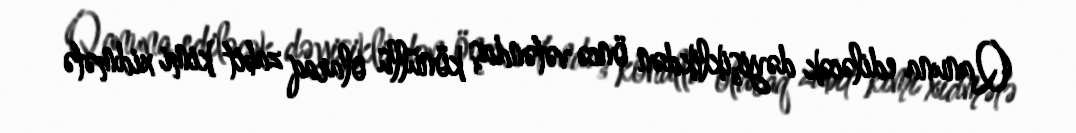
Qanuna ediləcək dəyişiklikdən öncə vətəndaş könüllü olaraq zabit kimi xidmətə